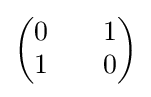
{\begin{pmatrix}0&&1\\1&&0\end{pmatrix}}